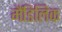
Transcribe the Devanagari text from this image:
मैंडिलिक